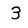
Digit: 3